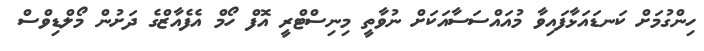
ހިންގުމަށް ކަނޑައަޅާފައިވާ މުއައްސަސާއަކަށް ނުވާތީ މިނިސްޓްރީ އޮފް ހޯމް އެފެއާޒްގެ ދަށުން މޯލްޑިވްސް